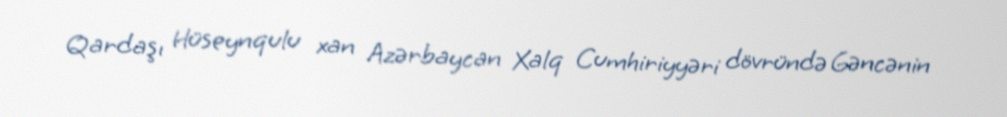
Qardaşı Hüseynqulu xan Azərbaycan Xalq Cumhiriyyəri dövründə Gəncənin